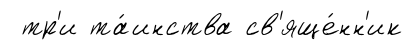
тр'и та́инства св'яще́нн'ик